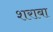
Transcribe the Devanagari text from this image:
शराबा